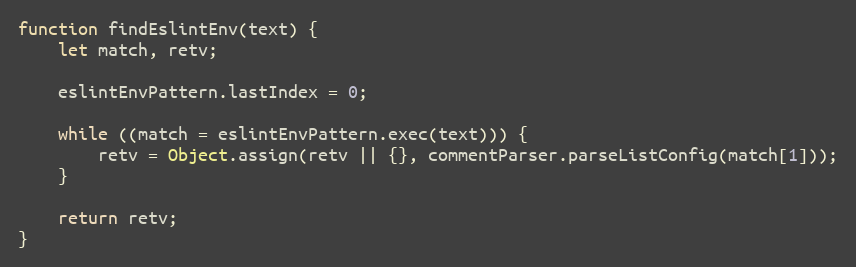
Language: JavaScript
function findEslintEnv(text) {
    let match, retv;

    eslintEnvPattern.lastIndex = 0;

    while ((match = eslintEnvPattern.exec(text))) {
        retv = Object.assign(retv || {}, commentParser.parseListConfig(match[1]));
    }

    return retv;
}